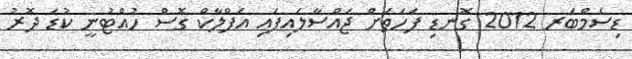
ޑިސެމްބަރ 2012 ގޮނޑި ފަހަތަށް ޖައްސާލައިފައި އަފްލާކް ގޮސް ހުއްޓުނީ ކުޑަ ދޮރު